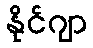
နိုင်ဂျာ